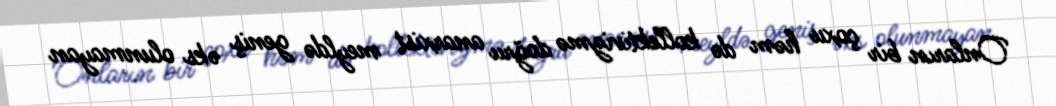
Onların bir çoxu həm də kollektivizmə doğru anarxist meyldə geniş əks olunmayan